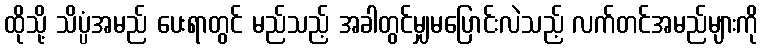
ထိုသို့ သိပ္ပံအမည် ပေးရာတွင် မည်သည့် အခါတွင်မျှမပြောင်းလဲသည့် လက်တင်အမည်များကို